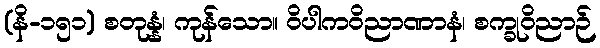
(နိ-၁၅၁) စတုန္နံ၊ ကုန်သော။ ဝိပါကဝိညာဏာနံ၊ စက္ခုဝိညာဉ်